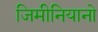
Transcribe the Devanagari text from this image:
जिमीनियानो